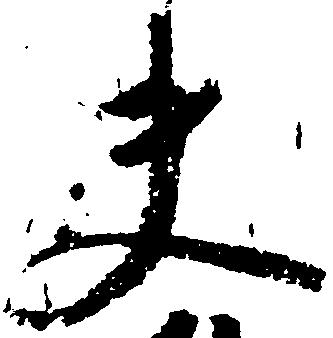
夫